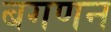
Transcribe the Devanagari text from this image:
बगणन